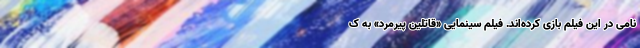
نامی در این فیلم بازی کرده‌اند. فیلم سینمایی «قاتلین پیرمرد» به ک